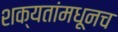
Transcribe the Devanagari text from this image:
शक्यतांमधूनच